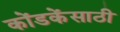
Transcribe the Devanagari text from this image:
कोंडकेंसाठी